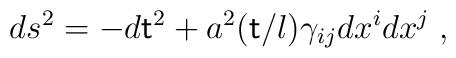
ds^2=-d{\sf t}^2+a^2({\sf t}/l)\gamma_{ij}dx^idx^j\;,